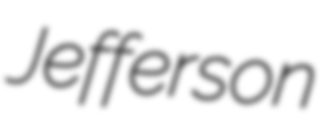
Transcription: Jefferson